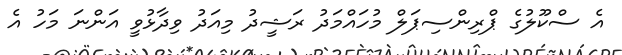
އެ ސްކޫލުގެ ޕްރިންސިޕަލް މުހައްމަދު ރަޝީދު މިއަދު ވިދާޅުވީ އަންނަ މަހު އެ